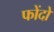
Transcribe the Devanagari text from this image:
फोंदो